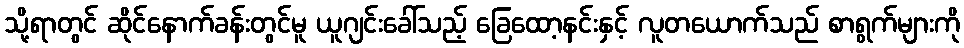
သို့ရာတွင် ဆိုင်နောက်ခန်းတွင်မူ ယူဂျင်းခေါ်သည့် ခြေထော့နင်းနှင့် လူတယောက်သည် စာရွက်များကို